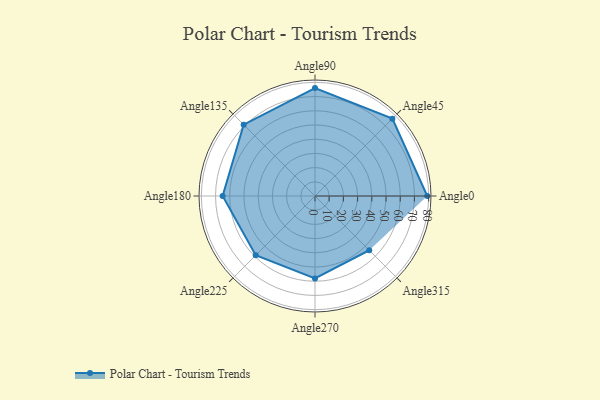
{"axis": {"x": "Angle", "y": "Radius"}, "legend": [""], "data": [{"x": "Angle0", "y": 79.0, "type": ""}, {"x": "Angle45", "y": 77.0, "type": ""}, {"x": "Angle90", "y": 76.0, "type": ""}, {"x": "Angle135", "y": 71.0, "type": ""}, {"x": "Angle180", "y": 65.0, "type": ""}, {"x": "Angle225", "y": 59.0, "type": ""}, {"x": "Angle270", "y": 58.0, "type": ""}, {"x": "Angle315", "y": 54.0, "type": ""}]}